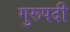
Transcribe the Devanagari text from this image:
गुरूपदी